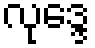
လုဒ္ဒေ